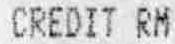
CREDIT RM